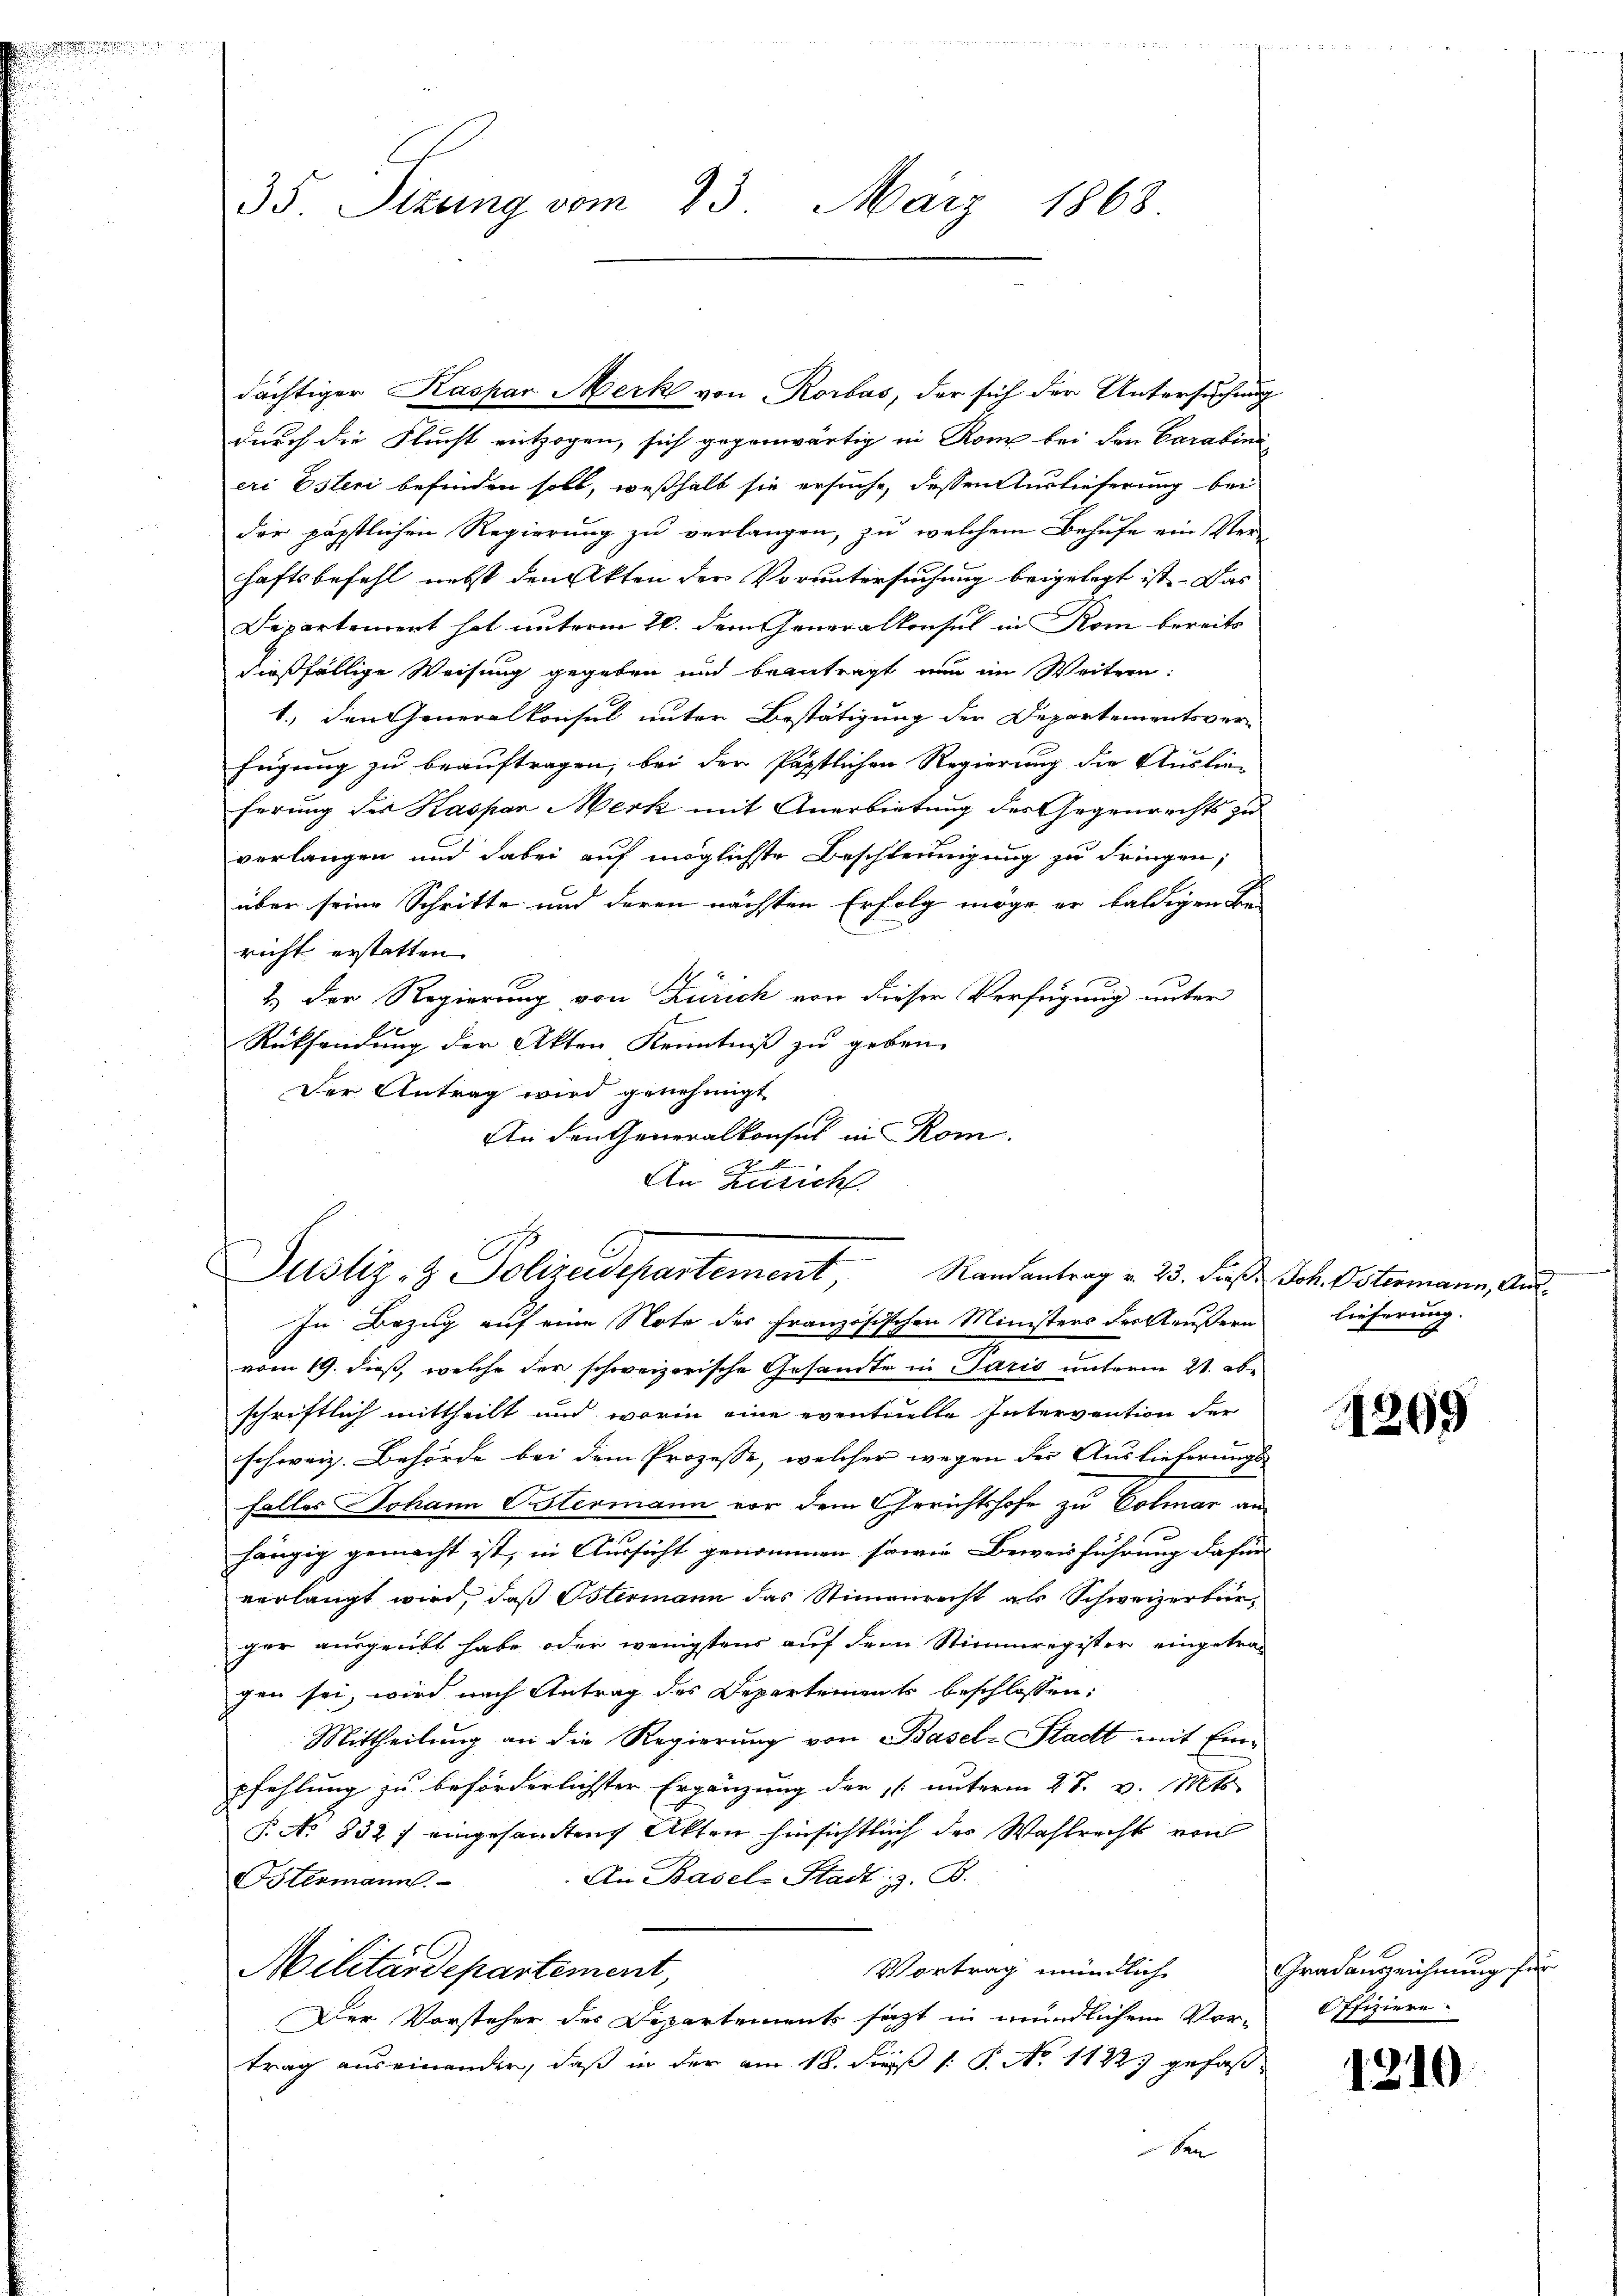
e

durch die Flucht entzogen, sich gegenwärtig in Rom bei den Carabine
eri Esteri befinden soll, weßhalb sie ersuche, dessen Auslieferung bei
der päpstlichen Regierung zu verlangen, zu welchem Behufe ein Ver-
haftsbefehl nebst den Akten der Voruntersuchung beigelegt ist. Das
Departement hat unterm 26. dem Generalkonsul in Rom bereits
dießfällige Weisung gegeben und beantragt nun im Weitern:
1., den Generalkonsul unter Bestätigung der Departementsver-
fügung zu beauftragen, bei der Pastlichen Regierung die Auslie-
ferung des Kaspar Merk mit Anerbietung des Gegenrechts zu
verlangen und dabei auf möglichste Beschleunigung zu dringen,
über seine Schritte und deren nächsten Erfolg möge er baldigen Be-
richt erstatten.
2.) Der Regierung von Zürich von dieser Verfügung unter
Rücksendung der Akten Kenntniß zu geben.
Der Antrag wird genehmigt
An den Generalkonsul in Rom.
.
An Zusich
Ranantrag v. 23. dieß. Joh. Ostermann, Aus¬
In Bezug auf eine Note der französischen Ministers der Aeußern lieferung
vom 19. dieß, welche der schweizerische Gesamte in Paris unterm 21. abschriftlich mittheilt und worin eine eventuelle Intervention der
schweiz. Behörde bei dem Prozesse, welcher wegen der Auslieferungs
Falles Johann Stermann vor dem Gerichtshofe zu Colmar an
.
hängig gemacht ist, in Aussicht genommen sowie Beweisführung dafür
verlangt wird, daß Ostermann das Stimenrecht als Schweizerbür-
ger ausgeübt habe oder wenigstens auf dem Stimmregister eingetragen sei, wird nach Antrag des Departements beschlossen:
Mittheilung an die Regierung von Basel-Stadt mit Einpfehlung zu beförderlichster Ergänzung der unterm 27. v. Mts.
P. No 832 f eingesandten Akten hinsichtlich des Wahlrechts von
An Basel-Stadt z. B.
Blesmann.
Vortrag mündlich
Militärdepartement,
Der Vorsteher des Departements sagt in mündlichen Vor-
trag auseinanden, daß in der am 18. dieß 1: P. No 1122. gefaßben

35. Sizung vom 23. März 1863

dächtiger Kaspar Merk von Rorbas, der sich der Untersuchung

Justiz- & Polizeidepartement,

1209

Gradenzeichnŭng für
Offiziere.

1210